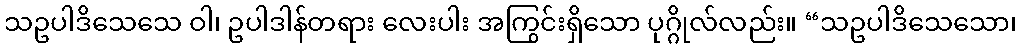
သဥပါဒိသေသေ ဝါ၊ ဥပါဒါန်တရား လေးပါး အကြွင်းရှိသော ပုဂ္ဂိုလ်လည်း။ “သဥပါဒိသေသော၊